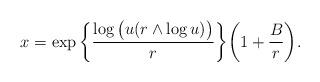
LaTeX: \begin{align*} x=\exp\bigg\{{\log\big( u(r\wedge \log u)\big)\over r}\bigg\}\bigg(1+{B\over r}\bigg).\end{align*}